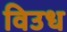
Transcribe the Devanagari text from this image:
विउध